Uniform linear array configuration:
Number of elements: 12
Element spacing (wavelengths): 0.25
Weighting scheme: hamming
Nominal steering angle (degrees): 60
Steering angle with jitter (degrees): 60.726
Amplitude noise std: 0.05
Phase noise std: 0.05

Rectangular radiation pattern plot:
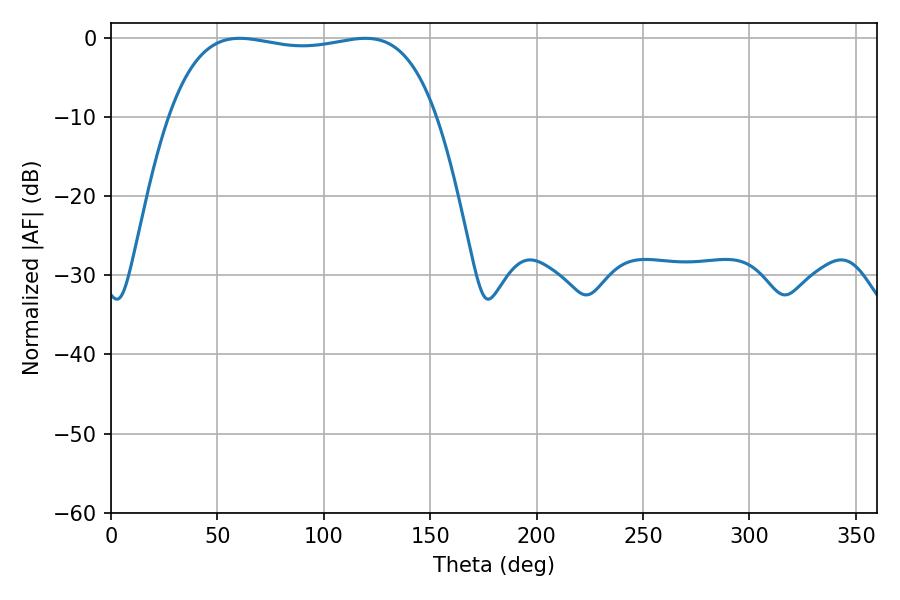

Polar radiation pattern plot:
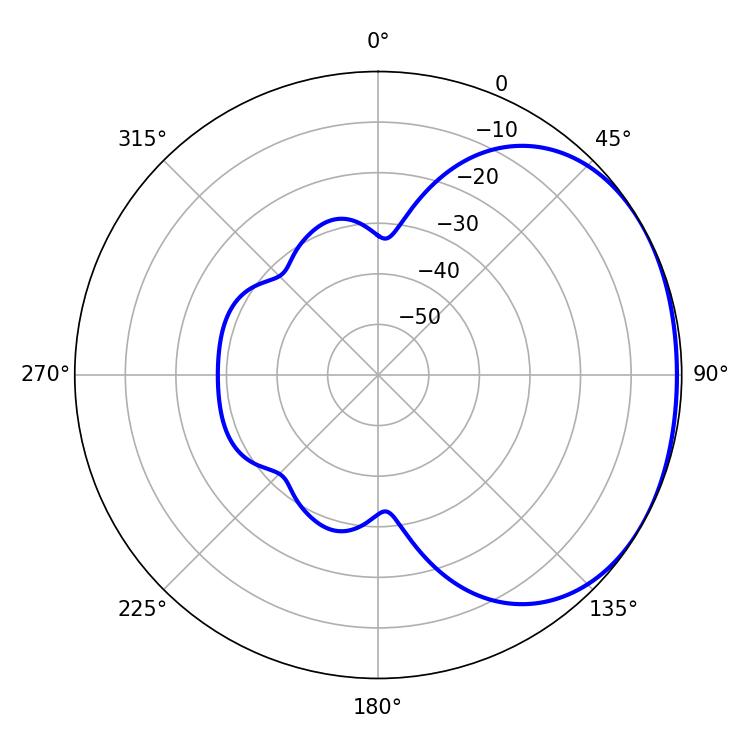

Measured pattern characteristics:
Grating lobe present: FALSE
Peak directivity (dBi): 1.492
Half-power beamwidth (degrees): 100.44
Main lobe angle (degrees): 60.48